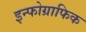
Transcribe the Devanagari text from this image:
इन्फोग्राफिक